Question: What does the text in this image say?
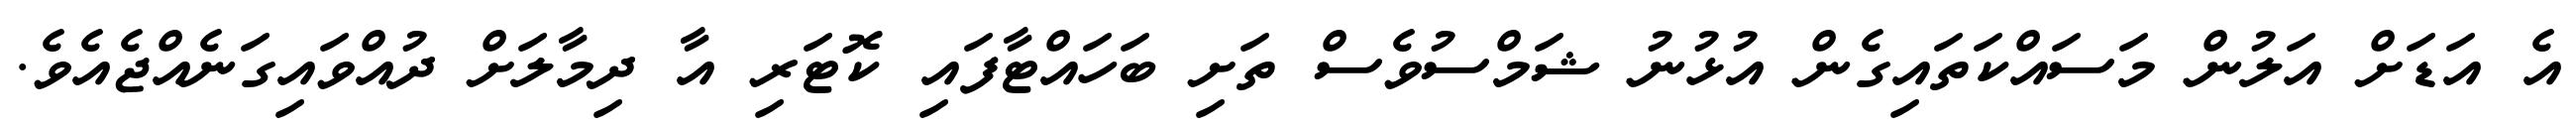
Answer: އެ އަޑަށް އަލުން މަސައްކަތައިގެން އުޅުނު ޝަމްސުވެސް ތަށި ބަހައްޓާފައި ކޮޓަރި އާ ދިމާލަށް ދުއްވައިގަނެއްޖެއެވެ.